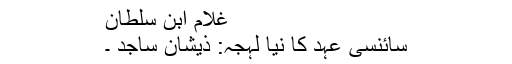
غلام ابن سلطان
سائنسی عہد کا نیا لہجہ: ذیشان ساجد ۔